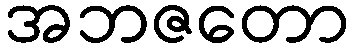
အဘဇတော